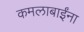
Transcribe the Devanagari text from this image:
कमलाबाईंना